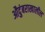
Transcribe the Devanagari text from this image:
औदुंबराखालील